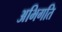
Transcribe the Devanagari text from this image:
अभिगति